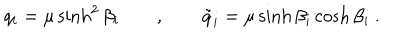
LaTeX: q _ { i } = \mu \sinh ^ { 2 } \beta _ { i } \qquad , \qquad \tilde { q } _ { i } = \mu \sinh \beta _ { i } \cosh \beta _ { i } \ .